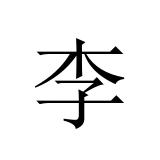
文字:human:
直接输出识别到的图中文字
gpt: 李